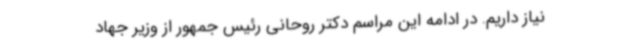
نیاز داریم. در ادامه این مراسم دکتر روحانی رئیس جمهور از وزیر جهاد